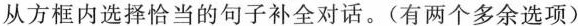
从方框内选择恰当的句子补全对话.(有两个多余选项)